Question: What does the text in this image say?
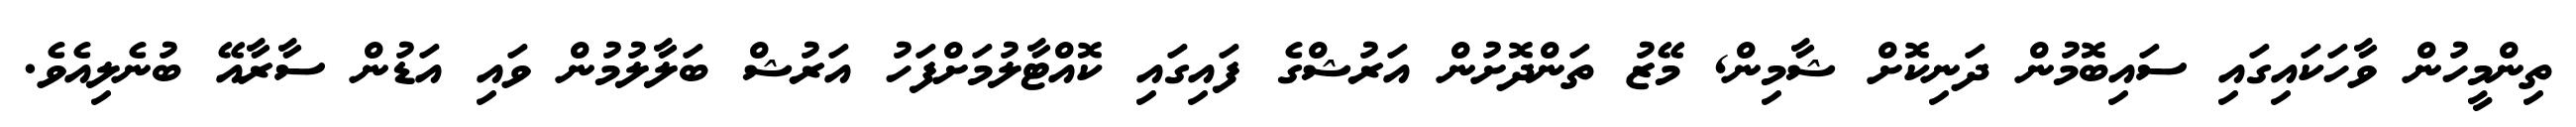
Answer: ތިންމީހުން ވާހަކައިގައި ސައިބޮމުން ދަނިކޮށް ޝާމިން, މޭޒު ތަންދޮށުން އަރުޝްގެ ފައިގައި ކޮއްޓާލުމަށްފަހު އަރުޝް ބަލާލުމުން ވައި އަޑުން ސާރާއޭ ބުނެލިއެވެ.